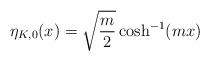
LaTeX: \begin{align*}\eta_{K,0}(x)=\sqrt{\frac{m}{2}}\cosh^{-1}(mx)\end{align*}